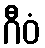
ဂီဝံ